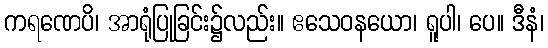
ကရဏေပိ၊ အာရုံပြုခြင်း၌လည်း။ ဧသေဝနယော၊ ရူပါ၊ ပေ။ ဒီနံ၊